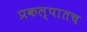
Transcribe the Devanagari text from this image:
प्रकल्पातच